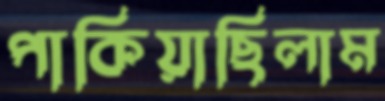
পাকিয়াছিলাম